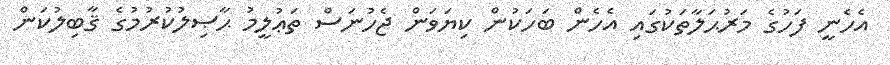
އެހެނީ ފަހުގެ މަރުޙަލާތަކުގައި އެހެން ބަހަކުން ކިޔަވަން ޖެހުނަސް ތަޢުލީމު ޙާޞިލުކުރުމުގެ ޤާބިލުކަން